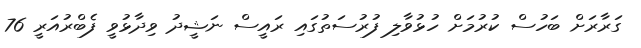
ގަރާރަށް ބަހުސް ކުރުމަށް ހުޅުވާލި ފުރުސަތުގައި ރައީސް ނަޝީދު ވިދާޅުވީ ފެބްރުއަރީ 76